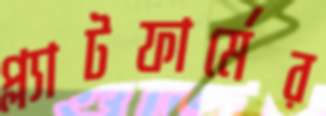
প্ল্যাটফার্মের